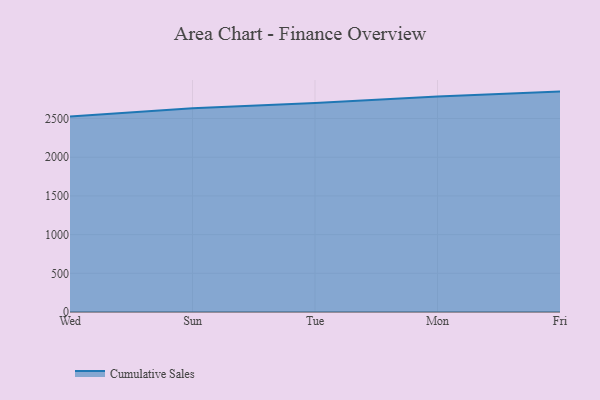
{"axis": {"x": "Day", "y": "Temperature (°C)"}, "legend": ["Cumulative Sales"], "data": [{"x": "Wed", "y": 2526.1, "type": "Cumulative Sales"}, {"x": "Sun", "y": 2631.4, "type": "Cumulative Sales"}, {"x": "Tue", "y": 2701.6, "type": "Cumulative Sales"}, {"x": "Mon", "y": 2783.2, "type": "Cumulative Sales"}, {"x": "Fri", "y": 2847.7, "type": "Cumulative Sales"}]}